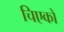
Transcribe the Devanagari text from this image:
चिएको